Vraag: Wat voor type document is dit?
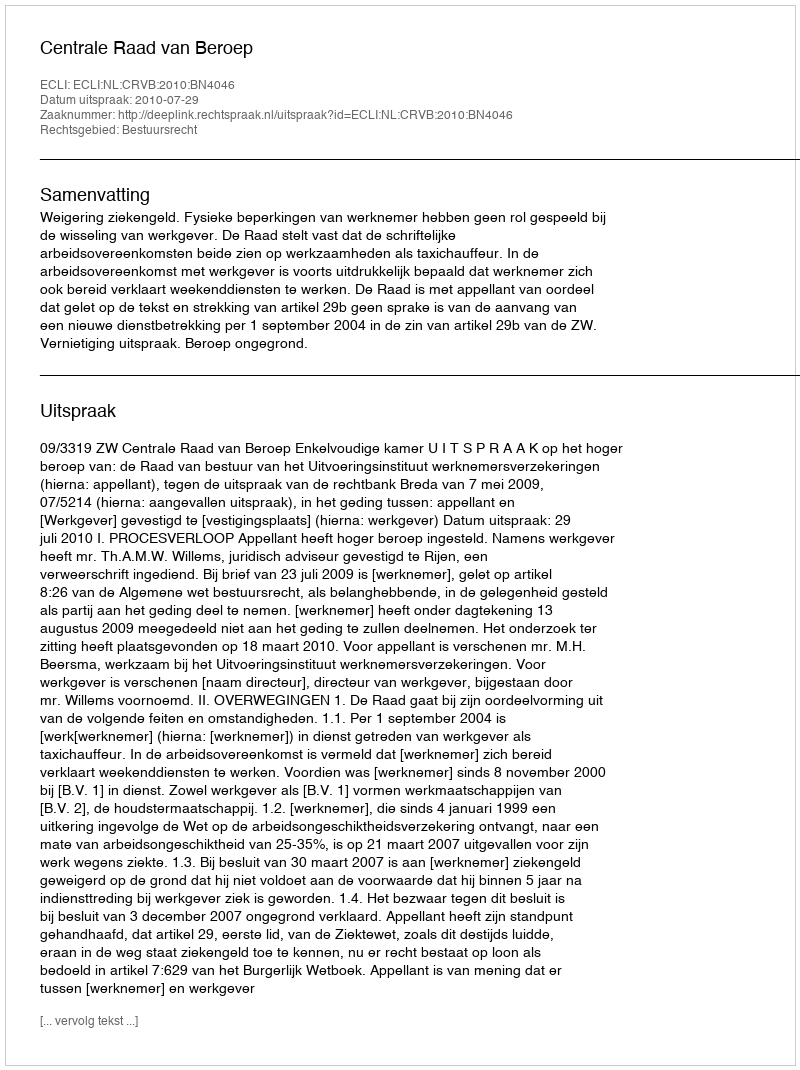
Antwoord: Uitspraak